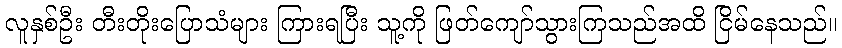
လူနှစ်ဦး တီးတိုးပြောသံများ ကြားရပြီး သူ့ကို ဖြတ်ကျော်သွားကြသည်အထိ ငြိမ်နေသည်။